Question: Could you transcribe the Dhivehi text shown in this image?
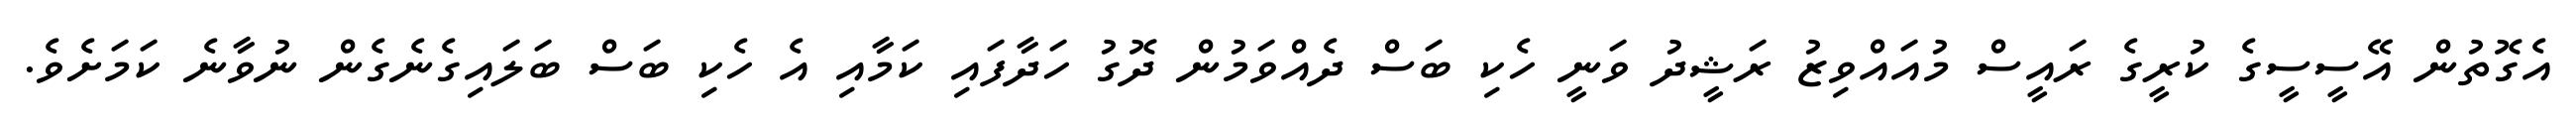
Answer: އެގޮތުން އޭސީސީގެ ކުރީގެ ރައީސް މުއައްވިޒު ރަޝީދު ވަނީ ހެކި ބަސް ދެއްވަމުން ދޮގު ހަދާފައި ކަމާއި އެ ހެކި ބަސް ބަލައިގެނެގެން ނުވާނެ ކަމަށެވެ.